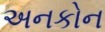
અનકોન